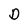
Character: D